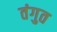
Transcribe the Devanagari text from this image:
तंगुत